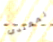
المعتدي